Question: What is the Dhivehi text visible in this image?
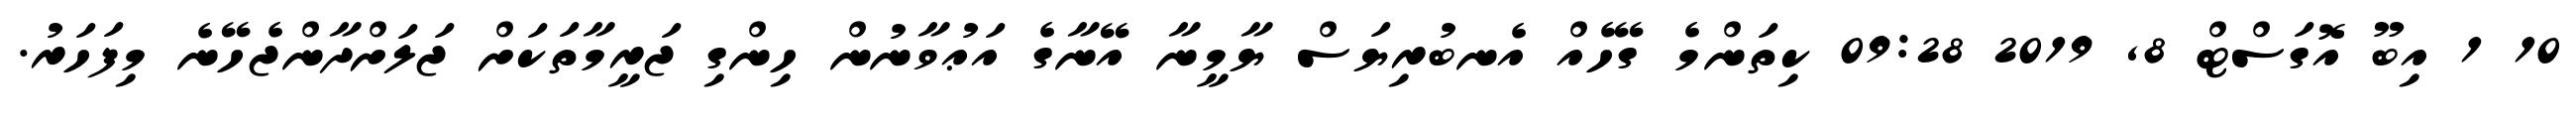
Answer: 10 1 އިބޫ އޮގަސްޓް 8, 2019 09:28 ކިތަންމެ ގޭހެއް އެނބުރިޔަސް ޔާމީނާ އޭނާގެ އަޢުވާނުން ހިންގި ޖަރީމާތަކަށް ޖަލަށްދާންޖެހޭނެ މިފަހަރު.